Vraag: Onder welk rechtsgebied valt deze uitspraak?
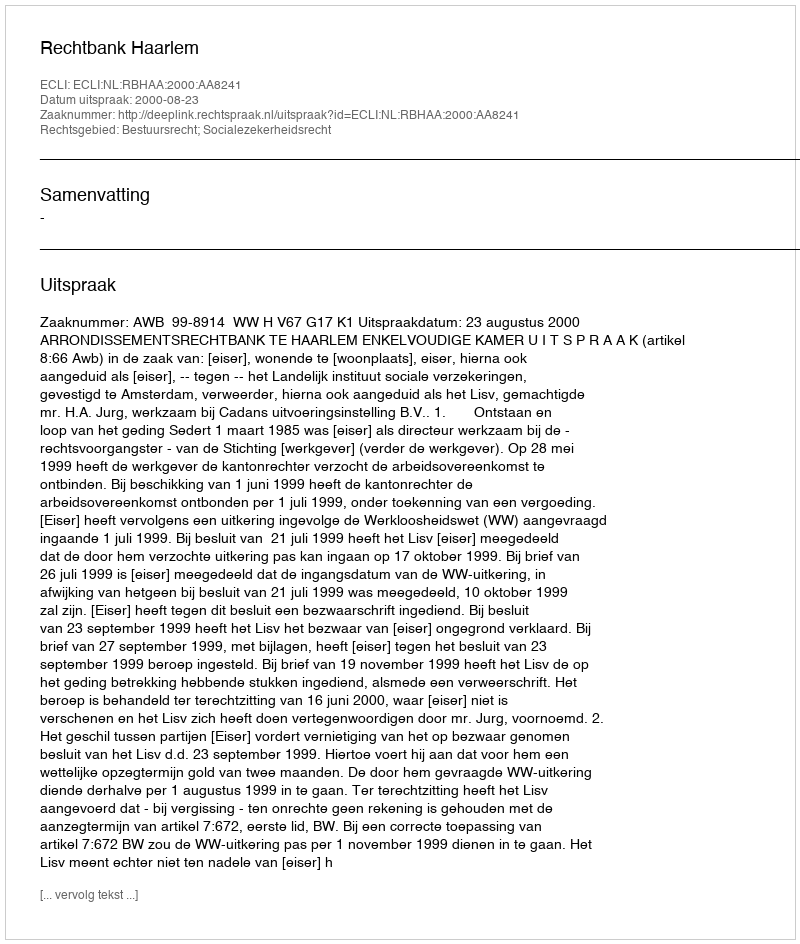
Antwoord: Bestuursrecht; Socialezekerheidsrecht